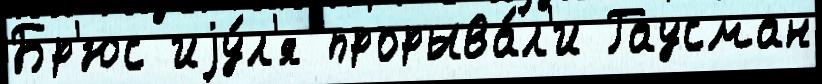
Бр'юс иjу́л'я прорыва́л'и Гаусман